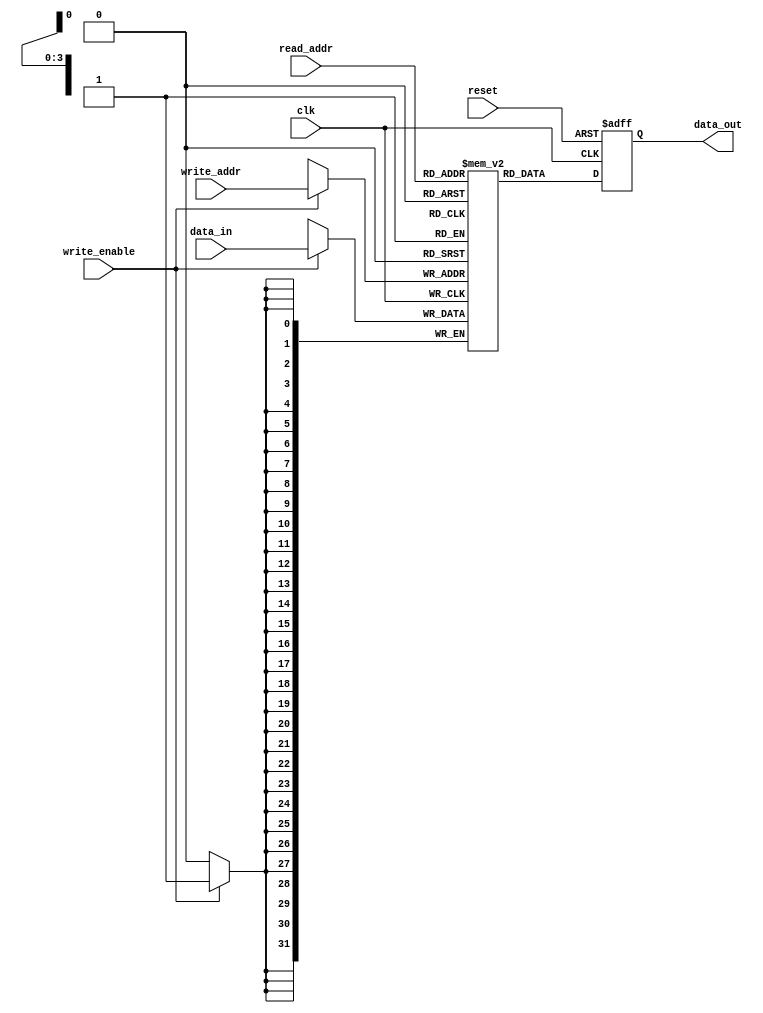
module RegisterFile (
  input wire clk,
  input wire reset,
  input wire [3:0] read_addr,
  input wire [3:0] write_addr,
  input wire write_enable,
  input wire [31:0] data_in,
  output reg [31:0] data_out
);

reg [31:0] registers [0:15];

always @ (posedge clk or posedge reset)
begin
  if (reset)
    data_out <= 32'b0;
  else
    data_out <= registers[read_addr];
end

always @ (posedge clk)
begin
  if (write_enable)
    registers[write_addr] <= data_in;
end

endmodule